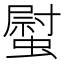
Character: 螱